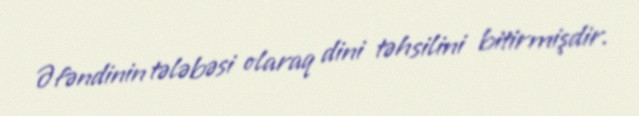
Əfəndinin tələbəsi olaraq dini təhsilini bitirmişdir.